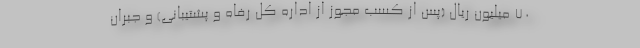
۷۰ میلیون ریال (پس از کسب مجوز از اداره کل رفاه و پشتیبانی) و جبران